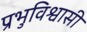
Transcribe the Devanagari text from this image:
प्रभुविश्वासी